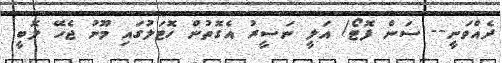
ދެއްވަނީ-- ސަން ފޮޓޯ/ އަލީ ނަސީރު އެގޮތުން ހޮޓަލުގައި މޫނު ޖެހޭ ލޮބީ